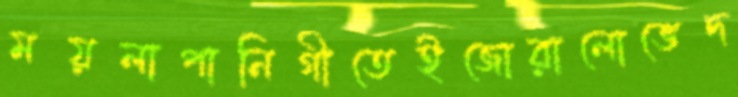
ময়লাপানিগীতেইজোরালোভেদ